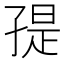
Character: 𭓒